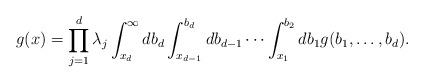
LaTeX: \begin{align*} g(x) =\prod_{j=1}^d \lambda _j \int_{x_d}^\infty db_d \int_{x_{d-1}}^{b_{d}} db_{d-1} \cdots \int_{x_1}^{b_{2}} db_1 g(b_1,\ldots,b_d). \end{align*}